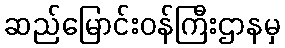
ဆည်မြောင်းဝန်ကြီးဌာနမှ